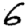
Digit: 6